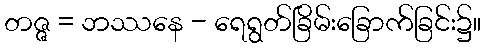
တဇ္ဇ = ဘဿနေ - ရေရွတ်ခြိမ်းခြောက်ခြင်း၌။